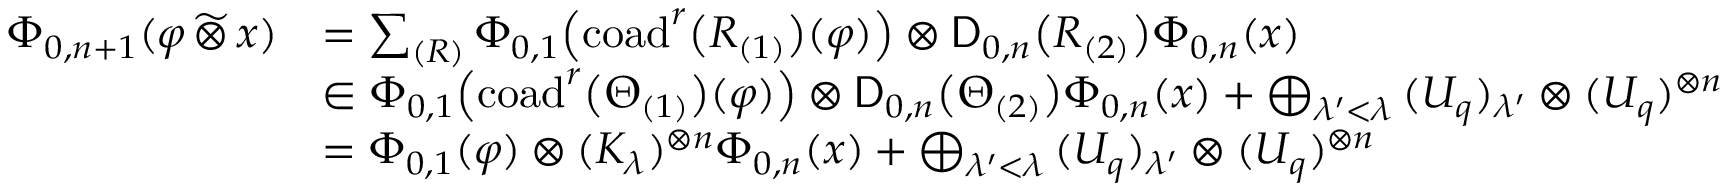
\begin{array} { r l } { \Phi _ { 0 , n + 1 } ( \varphi \, \widetilde { \otimes } \, x ) } & { = \sum _ { ( R ) } \Phi _ { 0 , 1 } \! \left( \mathrm { c o a d } ^ { r } \bigl ( R _ { ( 1 ) } \bigr ) ( \varphi ) \right) \otimes \mathsf { D } _ { 0 , n } \bigl ( R _ { ( 2 ) } \bigr ) \Phi _ { 0 , n } ( x ) } \\ & { \in \Phi _ { 0 , 1 } \! \left( \mathrm { c o a d } ^ { r } \bigl ( \Theta _ { ( 1 ) } \bigr ) ( \varphi ) \right) \otimes \mathsf { D } _ { 0 , n } \bigl ( \Theta _ { ( 2 ) } \bigr ) \Phi _ { 0 , n } ( x ) + \bigoplus _ { \lambda ^ { \prime } < \lambda } \, ( U _ { q } ) _ { \lambda ^ { \prime } } \otimes ( U _ { q } ) ^ { \otimes n } } \\ & { = \Phi _ { 0 , 1 } ( \varphi ) \otimes ( K _ { \lambda } ) ^ { \otimes n } \Phi _ { 0 , n } ( x ) + \bigoplus _ { \lambda ^ { \prime } < \lambda } \, ( U _ { q } ) _ { \lambda ^ { \prime } } \otimes ( U _ { q } ) ^ { \otimes n } } \end{array}